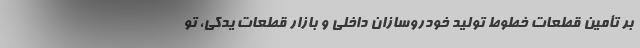
بر تأمین قطعات خطوط تولید خودروسازان داخلی و بازار قطعات یدکی، تو